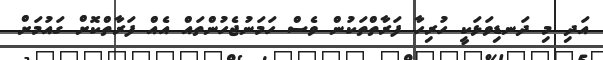
އަދި މި ދަނޑިވަޅަކީ ހުރިހާ ފަރާތްތަކުން ވެސް ހަމަނުޖެހުންތައް އެއް ފަރާތްކޮށް ގައުމަށް